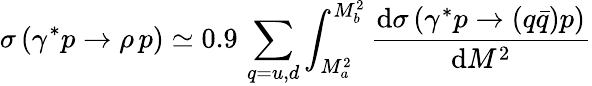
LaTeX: \sigma\left(\gamma^{*}p\to\rho\, p\right)\simeq 0.9\, \sum_{q=u,d}\int_{M_{a}^{2}}^{M_{b}^{2}}\frac{\mathrm{d}\sigma\left(\gamma^{*}p\to(q\bar{q})p\right)}{\mathrm{d}M^{2}}